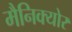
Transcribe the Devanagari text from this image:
मैनिक्योर